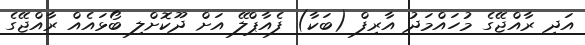
އަދި ރާއްޖޭގެ މުހައްމަދު އާރިފް (ބަކާ) ފެއާޕްލޭ އަށް ދޫކޮށްލި ބޯޅައެއް ރާއްޖޭގެ